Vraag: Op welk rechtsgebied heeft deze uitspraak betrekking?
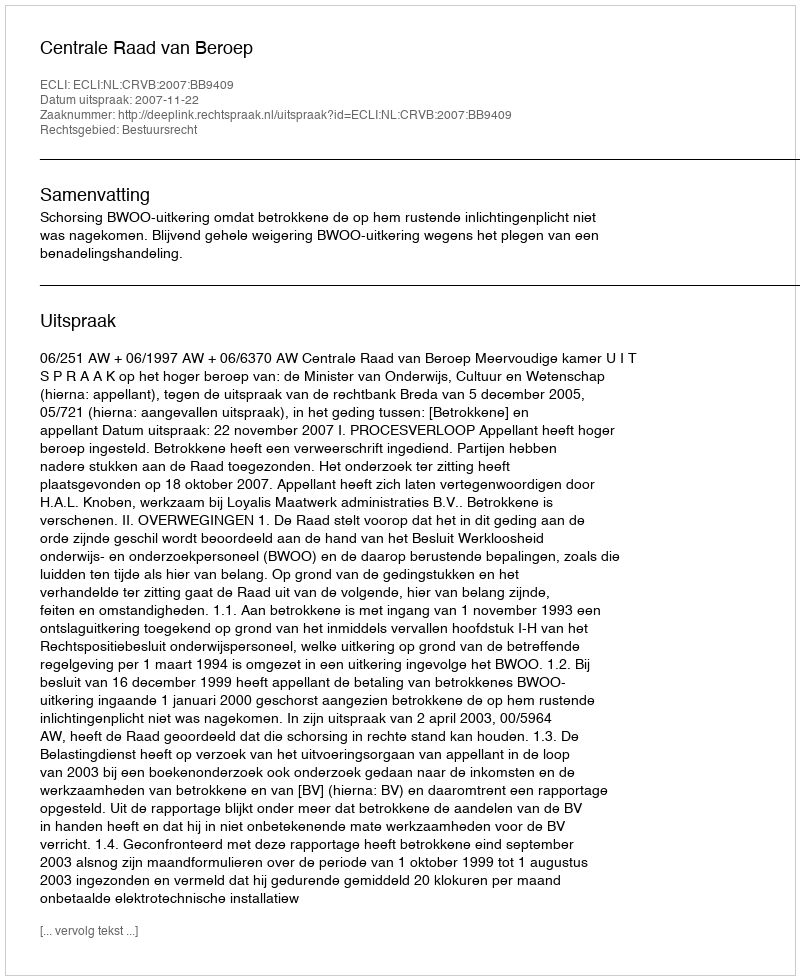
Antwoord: Bestuursrecht